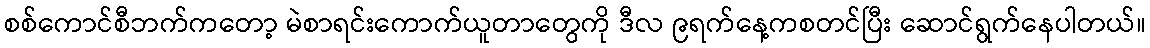
စစ်ကောင်စီဘက်ကတော့ မဲစာရင်းကောက်ယူတာတွေကို ဒီလ ၉ရက်နေ့ကစတင်ပြီး ဆောင်ရွက်နေပါတယ်။